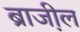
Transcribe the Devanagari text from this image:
ब्राजी़ल